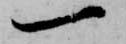
一